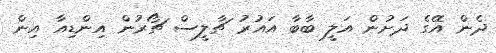
ދެން އޭގެ ދަށުން އަލީ ބާބާ އައުރު ޗާލީސް ޗޯރުން އިންޑިއާ އިން